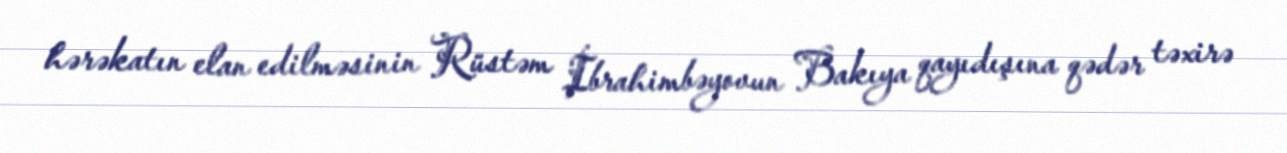
hərəkatın elan edilməsinin Rüstəm İbrahimbəyovun Bakıya qayıdışına qədər təxirə